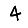
Digit: 4